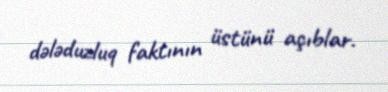
dələduzluq faktının üstünü açıblar.